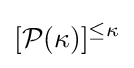
[{\mathcal {P}}(\kappa )]^{\leq \kappa }